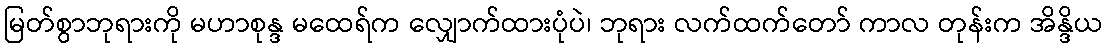
မြတ်စွာဘုရားကို မဟာစုန္ဒ မထေရ်က လျှောက်ထားပုံပဲ၊ ဘုရား လက်ထက်တော် ကာလ တုန်းက အိန္ဒိယ